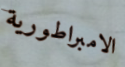
الامبراطورية